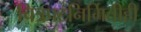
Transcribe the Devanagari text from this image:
चित्रपटनिर्मितीही